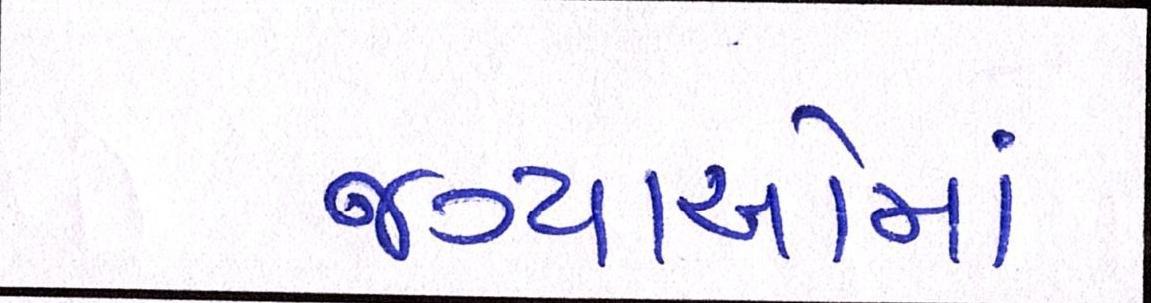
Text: જગ્યાઓમાં